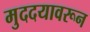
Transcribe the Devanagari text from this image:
मुददयावरून